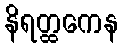
နိရတ္ထကေန